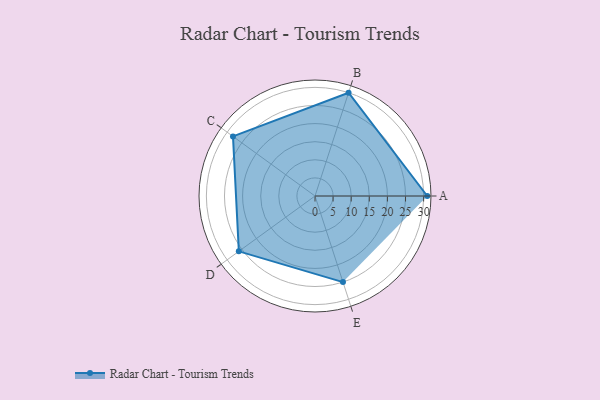
{"axis": {"x": "Skill", "y": "Score"}, "legend": ["Profile"], "data": [{"x": "A", "y": 31.0, "type": "Profile"}, {"x": "B", "y": 30.0, "type": "Profile"}, {"x": "C", "y": 28.0, "type": "Profile"}, {"x": "D", "y": 26.0, "type": "Profile"}, {"x": "E", "y": 25.0, "type": "Profile"}]}